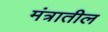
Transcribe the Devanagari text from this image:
मंत्रातील